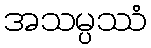
အသမ္ပဿံ